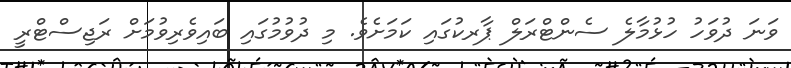
ވަނަ ދުވަހު ހުޅުމާލެ ސެންޓްރަލް ޕާރކުގައި ކަމަށެވެ. މި ދުވުމުގައި ބައިވެރިވުމަށް ރަޖިސްޓްރީ